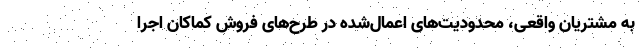
به مشتریان واقعی، محدودیت‌های اعمال‌شده در طر‌ح‌های فروش کماکان اجرا